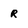
Character: R